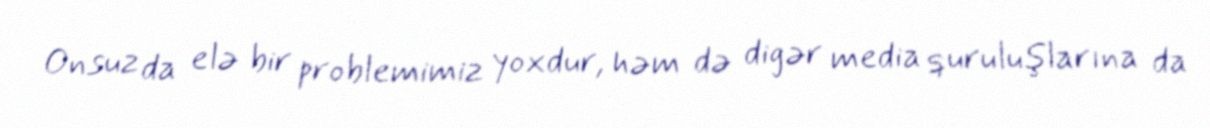
Onsuz da elə bir problemimiz yoxdur, həm də digər media quruluşlarına da